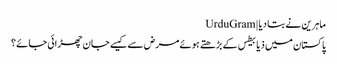
ماہرین نے بتا دیا | UrduGram
پاکستان میں ذیابیطس کے بڑھتے ہوئے مرض سے کیسے جان چھڑائی جائے؟